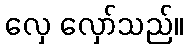
လှေ လှော်သည်။